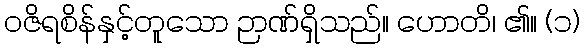
ဝဇိရစိန်နှင့်တူသော ဉာဏ်ရှိသည်။ ဟောတိ၊ ၏။ (၁)